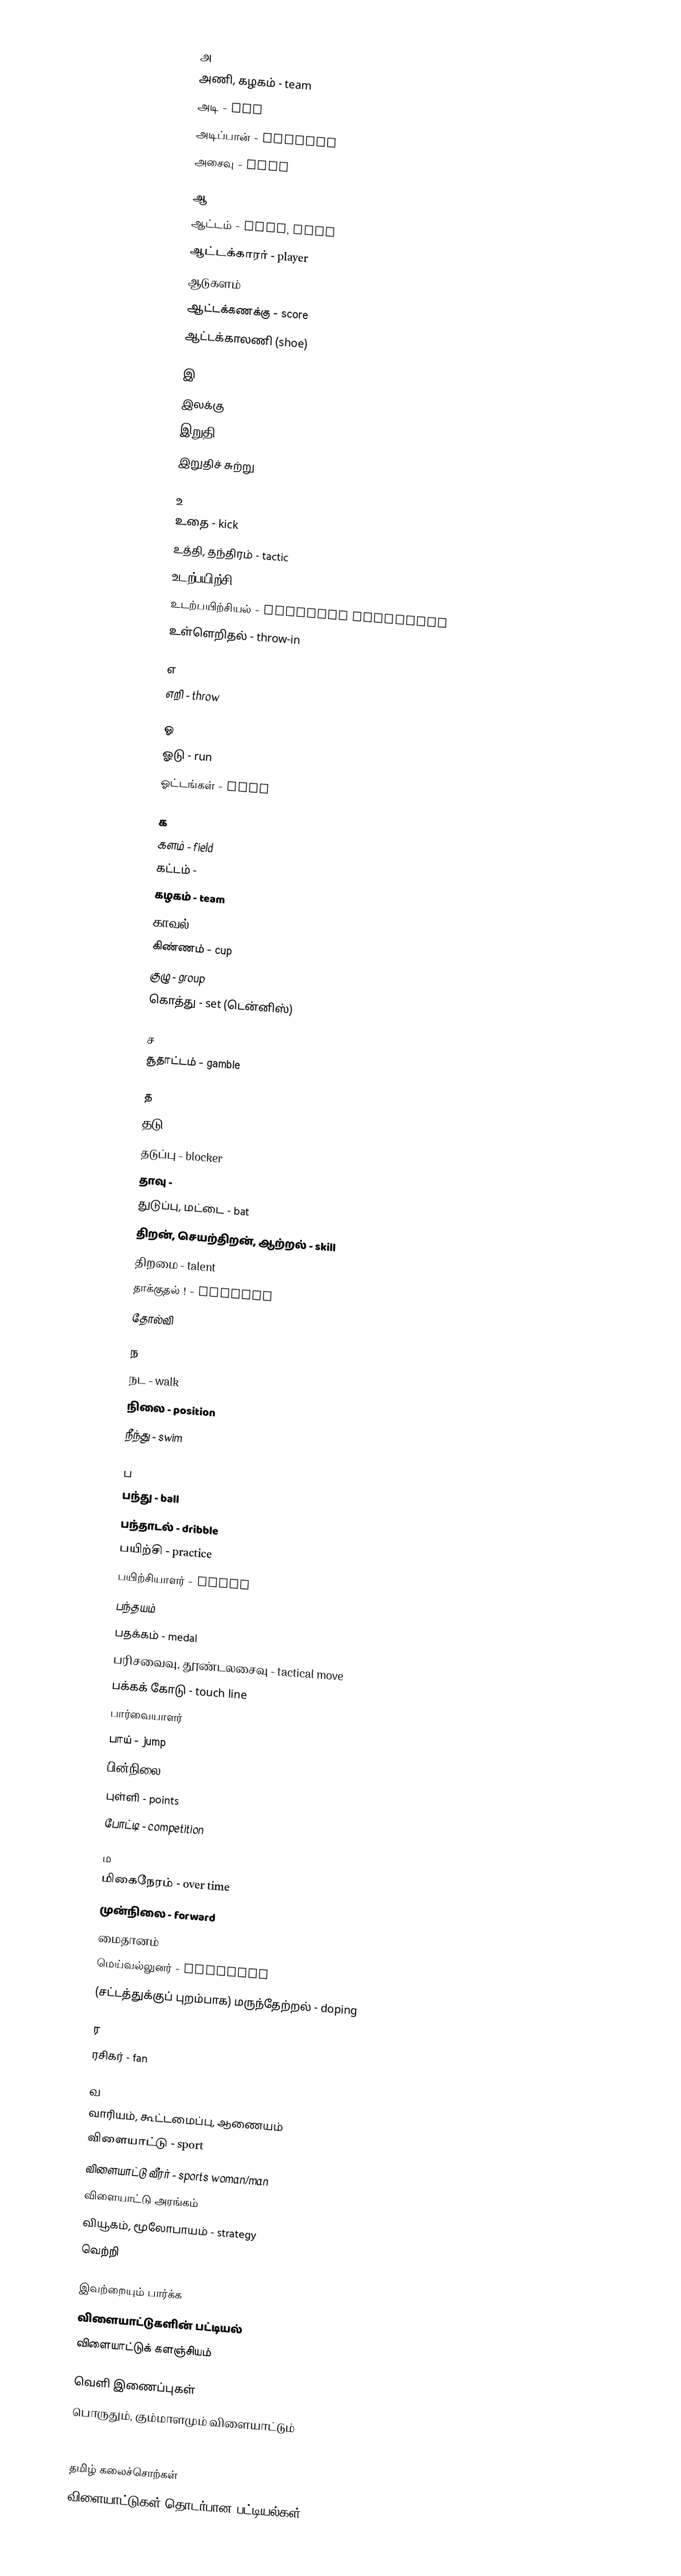

அ
 அணி, கழகம் - team
 அடி - hit
 அடிப்பான் - striker
 அசைவு - move

ஆ
 ஆட்டம் - game, play
 ஆட்டக்காரர் - player
 ஆடுகளம்
 ஆட்டக்கணக்கு - score
 ஆட்டக்காலணி (shoe)

இ
 இலக்கு
 இறுதி - final
 இறுதிச் சுற்று

உ
 உதை - kick
 உத்தி, தந்திரம் - tactic
 உடற்பயிற்சி
 உடற்பயிற்சியல் - physical education
 உள்ளெறிதல் - throw-in

எ
 எறி - throw

ஓ
 ஓடு - run
 ஓட்டங்கள் - runs

க
 களம் - field
 கட்டம் -
 கழகம் - team
 காவல் - defence
 கிண்ணம் - cup
 குழு - group
 கொத்து - set (டென்னிஸ்)

ச
 சூதாட்டம் - gamble

த
 தடு - block
 தடுப்பு - blocker
 தாவு -
 துடுப்பு, மட்டை - bat
 திறன், செயற்திறன், ஆற்றல் - skill
 திறமை - talent
 தாக்குதல் ! - offence
 தோல்வி

ந
 நட - walk
 நிலை - position
 நீந்து - swim

ப
 பந்து - ball
 பந்தாடல் - dribble
 பயிற்சி - practice
 பயிற்சியாளர் - coach
 பந்தயம்
 பதக்கம் - medal
 பரிசவைவு, தூண்டலசைவு - tactical move
 பக்கக் கோடு - touch line
 பார்வையாளர்
 பாய் - jump
 பின்நிலை
 புள்ளி - points
 போட்டி - competition

ம
 மிகைநேரம் - over time
 முன்நிலை - forward
 மைதானம்
 மெய்வல்லுனர் - athelete
 (சட்டத்துக்குப் புறம்பாக) மருந்தேற்றல் - doping

ர
 ரசிகர் - fan

வ
 வாரியம், கூட்டமைப்பு, ஆணையம்
 விளையாட்டு - sport
 விளையாட்டு வீரர் - sports woman/man
 விளையாட்டு அரங்கம்
 வியூகம், மூலோபாயம் - strategy
 வெற்றி

இவற்றையும் பார்க்க
 விளையாட்டுகளின் பட்டியல்
 விளையாட்டுக் களஞ்சியம்

வெளி இணைப்புகள்
 பொருதும், கும்மாளமும் விளையாட்டும்

தமிழ் கலைச்சொற்கள்
விளையாட்டுகள் தொடர்பான பட்டியல்கள்ppl0